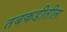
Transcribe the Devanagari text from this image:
तबकडीतील